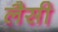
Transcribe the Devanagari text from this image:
लैसी